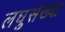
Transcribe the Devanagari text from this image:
लघुसंख्या